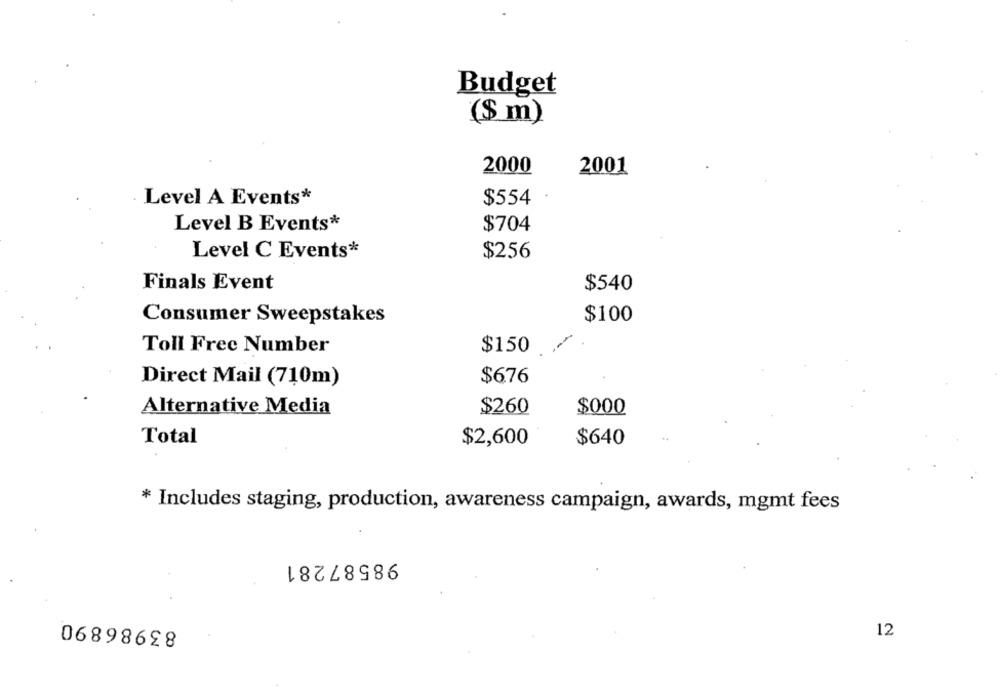
Budget
($ m)
2000
2001
Level A Events*
$554
Level B Events*
$704
Level C Events*
$256
Finals Event
$540
$100
Consumer Sweepstakes
Toll Free Number
$150
Direct Mail (710m)
$676
Alternative Media
$260
$000
Total
$2,600
$640
* Includes staging, production, awareness campaign, awards, mgmt fees
98587281
12
06898698